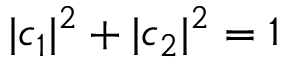
| c _ { 1 } | ^ { 2 } + | c _ { 2 } | ^ { 2 } = 1